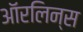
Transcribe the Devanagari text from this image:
ऑरलिन्स